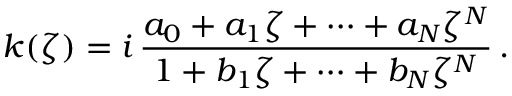
k ( \zeta ) = i \, \frac { a _ { 0 } + a _ { 1 } \zeta + \cdots + a _ { N } \zeta ^ { N } } { 1 + b _ { 1 } \zeta + \cdots + b _ { N } \zeta ^ { N } } \, .